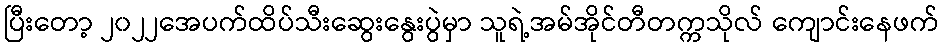
ပြီးတော့ ၂၀၂၂အေပက်ထိပ်သီးဆွေးနွေးပွဲမှာ သူရဲ့အမ်အိုင်တီတက္ကသိုလ် ကျောင်းနေဖက်